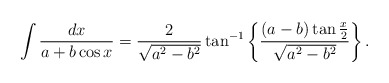
\begin{align*}\int{dx\over a+b\cos x}={2\over\sqrt{a^2-b^2}}\tan^{-1}\left\{(a-b)\tan{x\over2}\over\sqrt{ a^2-b^2}\right\}.\end{align*}